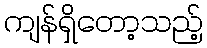
ကျန်ရှိတော့သည့်